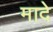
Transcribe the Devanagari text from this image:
मादे